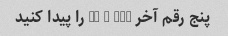
پنج رقم آخر 370 ^ 11 را پیدا کنید